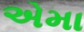
એમા